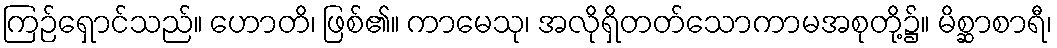
ကြဉ်ရှောင်သည်။ ဟောတိ၊ ဖြစ်၏။ ကာမေသု၊ အလိုရှိတတ်သောကာမအစုတို့၌။ မိစ္ဆာစာရီ၊